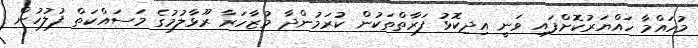
މުހައްމާ ހައްޔަރުކޮށްފައި ވަނީ އިދިކޮޅު ފަރާތްތަކުން ކުރަމުންދާ މުޒާހަރާ ރޫޅާލުމުގެ މަސައްކަތް ފުލުހުން